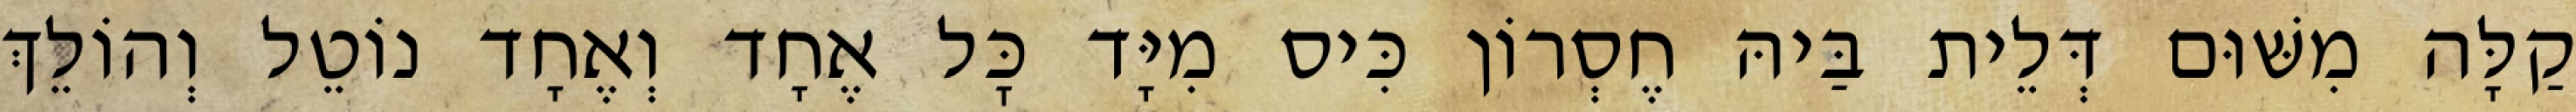
קַלָּה מִשּׁוּם דְּלֵית בַּיהּ חֶסְרוֹן כִּיס מִיָּד כׇּל אֶחָד וְאֶחָד נוֹטֵל וְהוֹלֵךְ